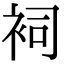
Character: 𧙈